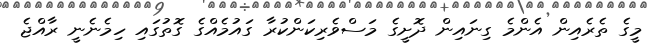
މީގެ ތެރެއިން އެންމެ ގިނައިން ދޮށީގެ މަސްވެރިކަންކުރާ ގައުމެއްގެ ގޮތުގައި ހިމެނެނީ ރާއްޖެ